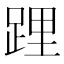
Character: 𨁫